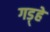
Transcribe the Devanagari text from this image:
गड़्हे